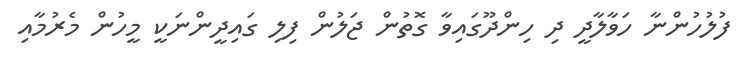
ފުލުުހުންނާ ހަވާލާދީ ދި ހިންދޫގައިވާ ގޮތުން ޖަލުން ފިލި ގައިދީންނަކީ މީހުން މެރުމާއި